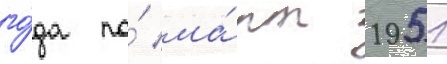
го́да по́ ма́рт 1951